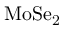
\mathrm { M o S e _ { 2 } }